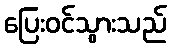
ပြေးဝင်သွားသည်